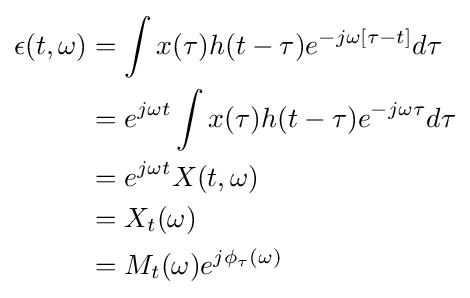
{\begin{aligned}\epsilon (t,\omega )&=\int x(\tau )h(t-\tau )e^{-j\omega \left[\tau -t\right]}d\tau \\&=e^{j\omega t}\int x(\tau )h(t-\tau )e^{-j\omega \tau }d\tau \\&=e^{j\omega t}X(t,\omega )\\&=X_{t}(\omega )\\&=M_{t}(\omega )e^{j\phi _{\tau }(\omega )}\end{aligned}}